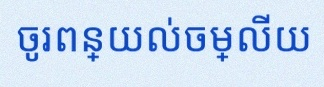
ចូរពន្យល់ចម្លើយ